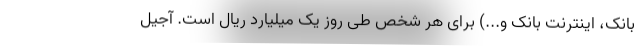
بانک، اینترنت بانک و...) برای هر شخص طی روز یک میلیارد ریال است. آجیل